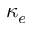
\kappa _ { e }